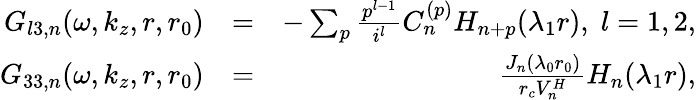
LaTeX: \begin{array}{rlr}{G_{l3,n}(\omega,k_{z},r,r_{0})}&{=}&{-\sum_{p}\frac{p^{l-1}}{i^{l}}C_{n}^{(p)}H_{n+p}(\lambda_{1}r),\; l=1,2,}\\ {G_{33,n}(\omega,k_{z},r,r_{0})}&{=}&{\frac{J_{n}(\lambda_{0}r_{0})}{r_{c}V_{n}^{H}}H_{n}(\lambda_{1}r),}\end{array}